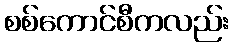
စစ်ကောင်စီကလည်း